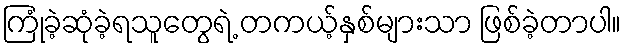
ကြုံခဲ့ဆုံခဲ့ရသူတွေရဲ့ တကယ့်နှစ်များသာ ဖြစ်ခဲ့တာပါ။